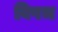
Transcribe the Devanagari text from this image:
विषभ